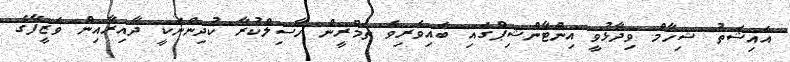
އައިޝަތު ޝިހާމް ވިދާޅުވީ އިންޓާންޝިޕްގައި ބައިވެރިވެ ތަމްރީން ހާސިލްކުރާ ކުދިންނަކީ ދާއިރާއިން ވަޒީފާގެ